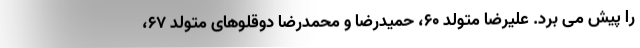
را پیش می برد. علیرضا متولد ۶۰، حمیدرضا و محمدرضا دوقلوهای متولد ۶۷،